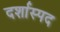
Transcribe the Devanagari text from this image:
दर्शास्पद